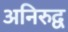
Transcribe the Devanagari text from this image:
अनिरुद्व